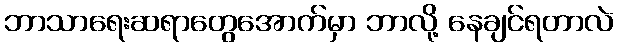
ဘာသာရေးဆရာတွေအောက်မှာ ဘာလို့ နေချင်ရတာလဲ